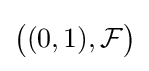
\textstyle {\big (}(0,1),{\mathcal {F}}{\big )}